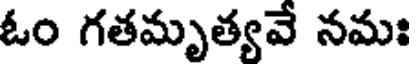
ఓం గతమృత్యవే నమః